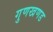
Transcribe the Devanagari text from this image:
गुणखणड